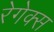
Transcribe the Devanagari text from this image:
रेगेक्स